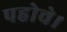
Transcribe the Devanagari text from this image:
पहोचे।